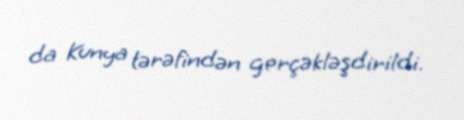
da Kunya tərəfindən gerçəkləşdirildi.